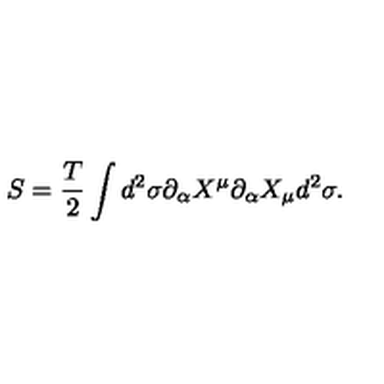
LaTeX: S = { \frac { T } { 2 } } \int d ^ { 2 } \sigma \partial _ { \alpha } X ^ { \mu } \partial _ { \alpha } X _ { \mu } d ^ { 2 } \sigma .